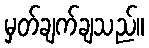
မှတ်ချက်ချသည်။